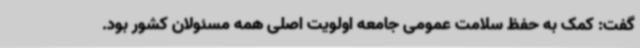
گفت: کمک به حفظ سلامت عمومی جامعه اولویت اصلی همه مسئولان کشور بود.